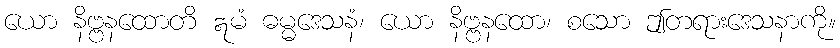
ယော နိဗ္ဗနထောတိ ဣမံ ဓမ္မဒေသနံ၊ ယော နိဗ္ဗနထော၊ စသော ဤတရားဒေသနာကို။